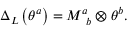
\Delta _ { L } \left( \theta ^ { a } \right) = M _ { \, \, \, b } ^ { a } \otimes \theta ^ { b } .